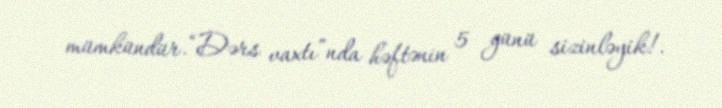
mümkündür.“Dərs vaxtı”nda həftənin 5 günü sizinləyik!.